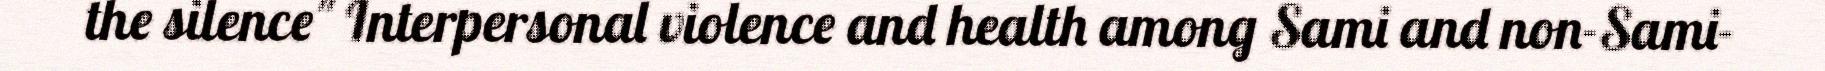
the silence" Interpersonal violence and health among Sami and non-Sami-